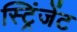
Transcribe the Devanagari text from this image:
स्ट्रिंजेंट